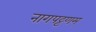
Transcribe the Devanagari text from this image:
नागपट्टणम्